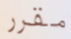
مقرر